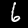
Digit: 6